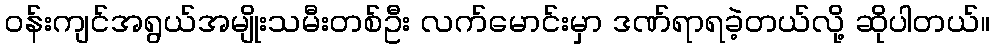
ဝန်းကျင်အရွယ်အမျိုးသမီးတစ်ဦး လက်မောင်းမှာ ဒဏ်ရာရခဲ့တယ်လို့ ဆိုပါတယ်။